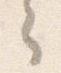
ら